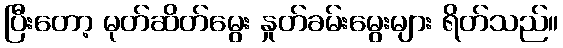
ပြီးတော့ မုတ်ဆိတ်မွေး နှုတ်ခမ်းမွေးများ ရိတ်သည်။